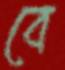
বে